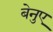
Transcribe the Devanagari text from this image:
बेनुए